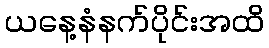
ယနေ့နံနက်ပိုင်းအထိ